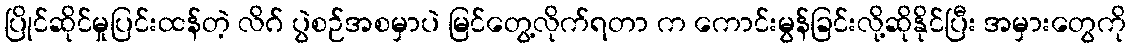
ပြိုင်ဆိုင်မှုပြင်းထန်တဲ့ လိဂ် ပွဲစဉ်အစမှာပဲ မြင်တွေ့လိုက်ရတာ က ကောင်းမွန်ခြင်းလို့ဆိုနိုင်ပြီး အမှားတွေကို